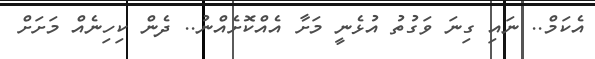
އެކަމް.. ނައި ގިނަ ވަގުތު އުޅެނީ މަށާ އެއްކޮށެއްނު.. ދެން ކިހިނެއް މަށަށް